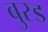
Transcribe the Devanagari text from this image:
बुरड